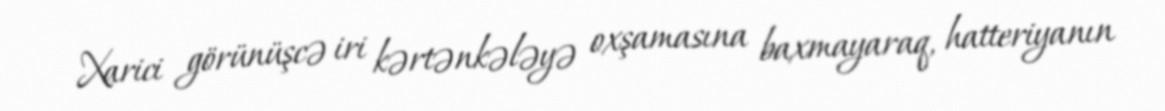
Xarici görünüşcə iri kərtənkələyə oxşamasına baxmayaraq, hatteriyanın